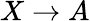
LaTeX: X\to A